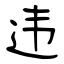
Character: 违